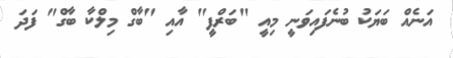
އަނެއް ބަޔަކު ބުނެފައިވަނީ މިއީ "ބަރްފީ" އާއި "ބާގް މިލްކާ ބާގް" ފަދަ